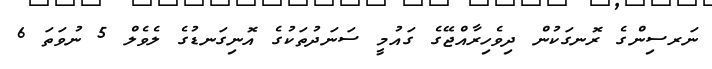
ނަރސިންގެ ރޮނގަކުން ދިވެހިރާއްޖޭގެ ގައުމީ ސަނަދުތަކުގެ އޮނިގަނޑުގެ ލެވެލް 5 ނުވަތަ 6